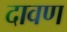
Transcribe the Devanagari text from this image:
दावण